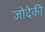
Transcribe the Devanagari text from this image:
ज़ोदेकी